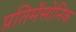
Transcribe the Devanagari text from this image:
प्रतिमॅसोनिक